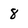
Character: 8